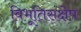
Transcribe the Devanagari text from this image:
विभूतिसंक्षेप